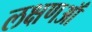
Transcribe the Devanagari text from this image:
लक्षणऑं